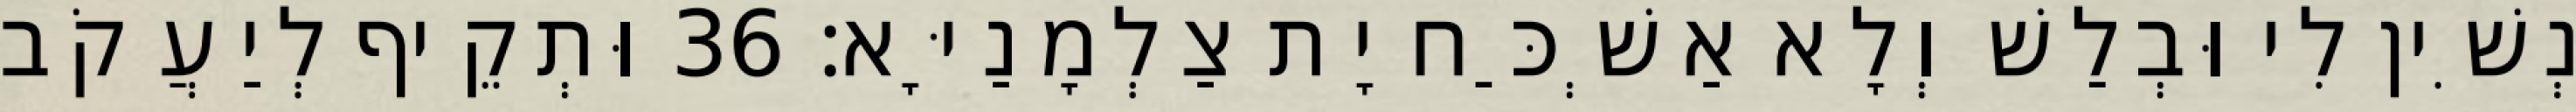
נְשִׁין לִי וּבְלַשׁ וְלָא אַשְׁכַּח יָת צַלְמָנַיָּא׃ 36 וּתְקֵיף לְיַעֲקֹב